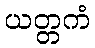
ယတ္တကံ